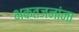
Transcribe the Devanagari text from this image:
भक्तजनांना